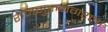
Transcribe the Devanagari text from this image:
राजगुरुनगरला